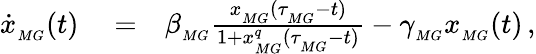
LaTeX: \begin{array}{rlr}{\dot{x}_{_{MG}}(t)}&{{}=}&{\beta_{_{MG}}\frac{x_{_{MG}}(\tau_{_{MG}}-t)}{1+x_{_{MG}}^{q}(\tau_{_{MG}}-t)}-\gamma_{_{MG}}x_{_{MG}}(t)\, ,}\end{array}